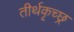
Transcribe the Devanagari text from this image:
तीर्थकृच्छ्र